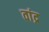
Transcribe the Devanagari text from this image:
वांद्र